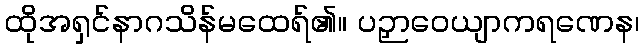
ထိုအရှင်နာဂသိန်မထေရ်၏။ ပဉှာဝေယျာကရဏေန၊